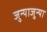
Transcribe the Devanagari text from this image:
जुन्याजुन्या